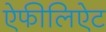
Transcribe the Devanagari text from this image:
ऐफीलिऐट